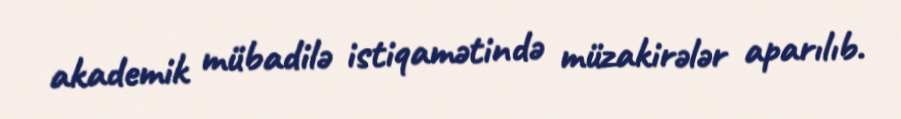
akademik mübadilə istiqamətində müzakirələr aparılıb.